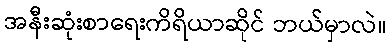
အနီးဆုံးစာရေးကိရိယာဆိုင် ဘယ်မှာလဲ။